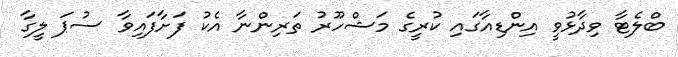
ބްލެޓާ ވިދާޅުވީ އިންޑިއާގައި ކުރީގެ މަޝްހޫރު ތަރިންނާ އެކު ފަށާފައިވާ ސުޕަ ލީގާ